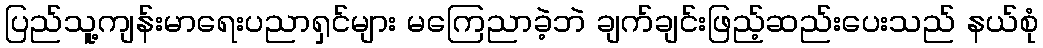
ပြည်သူ့ကျန်းမာရေးပညာရှင်များ မကြေညာခဲ့ဘဲ ချက်ချင်းဖြည့်ဆည်းပေးသည် နယ်စုံ